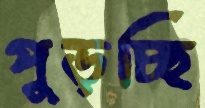
পুড়চ্ছি